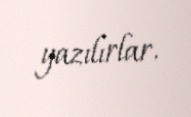
yazılırlar.